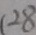
2 8